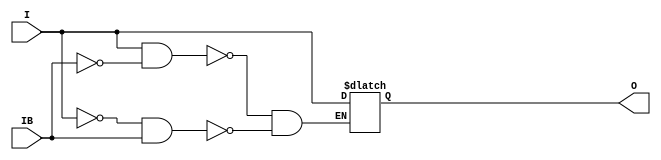
// This program was cloned from: https://github.com/sergeykhbr/riscv_vhdl
// License: Apache License 2.0

///////////////////////////////////////////////////////////////////////////////
// Copyright (c) 1995/2015 Xilinx, Inc.
// All Right Reserved.
///////////////////////////////////////////////////////////////////////////////
//   ____  ____
//  /   /\/   /
// /___/  \  /    Vendor : Xilinx
// \   \   \/     Version : 2015.4
//  \   \         Description : Xilinx Formal Library Component
//  /   /                  Input Buffer
// /___/   /\     Filename : IBUFGDS.v
// \   \  /  \
//  \___\/\___\
//
///////////////////////////////////////////////////////////////////////////////
// Revision:
//    04/01/08 - Initial version.
//    02/05/14 - Removed X's assignment.
// End Revision
///////////////////////////////////////////////////////////////////////////////

`timescale  1 ps / 1 ps

`celldefine

module IBUFGDS (O, I, IB);

  parameter CAPACITANCE = "DONT_CARE";
  parameter DIFF_TERM = "FALSE";
  parameter IBUF_DELAY_VALUE = "0";
  parameter IBUF_LOW_PWR = "TRUE";
  parameter IOSTANDARD = "DEFAULT";

`ifdef XIL_TIMING //Simprim
 
  parameter LOC = "UNPLACED";

`endif

  output O;

  input  I, IB;

  reg o_out;

  buf b_0 (O, o_out);

  always @(I or IB) begin
    if (I == 1'b1 && IB == 1'b0)
      o_out <= I;
    else if (I == 1'b0 && IB == 1'b1)
      o_out <= I;
    end

endmodule

`endcelldefine